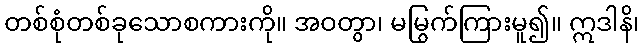
တစ်စုံတစ်ခုသောစကားကို။ အဝတွာ၊ မမြွက်ကြားမူ၍။ ဣဒါနိ၊